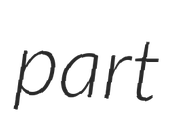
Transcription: part